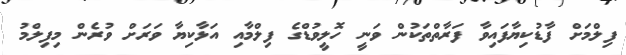
ފިލްމަށް ފާޑުކިޔާފައިވާ ފަރާތްތަކުން ވަނީ ހޮލީވުޑްގެ ފިލްމާއި އަޅާކިޔާ ވަރަށް ވުރެން މިފިލްމު